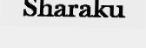
Sharaku